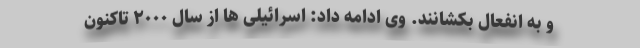
و به انفعال بکشانند. وی ادامه داد: اسرائیلی ها از سال ۲۰۰۰ تاکنون